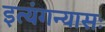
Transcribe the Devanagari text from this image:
इत्यंगन्यासः